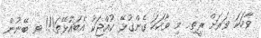
ވާހަކަ ވަރަށް ރީތި.. މި ވާހަކަ ގެންގުޅޭ ކުއްޖަކު އެބައުޅޭތަ!!! ވ ބޭނުން